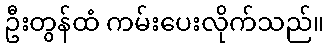
ဦးတွန်ထံ ကမ်းပေးလိုက်သည်။